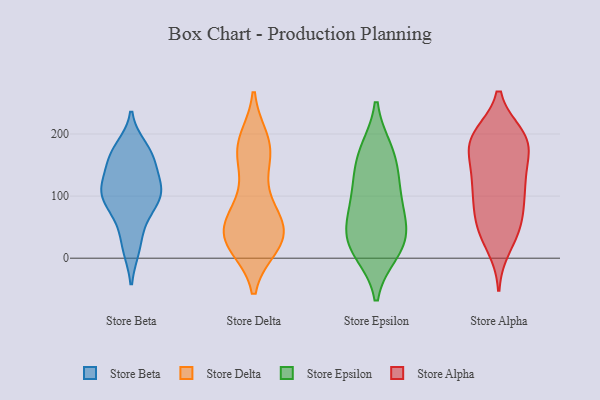
{"axis": {"x": "Website Visitors", "y": "Value"}, "legend": ["Store Alpha", "Store Beta", "Store Delta", "Store Epsilon"], "data": [{"x": "", "y": 109, "type": "Store Beta"}, {"x": "", "y": 167, "type": "Store Beta"}, {"x": "", "y": 17, "type": "Store Beta"}, {"x": "", "y": 108, "type": "Store Beta"}, {"x": "", "y": 105, "type": "Store Beta"}, {"x": "", "y": 70, "type": "Store Beta"}, {"x": "", "y": 114, "type": "Store Beta"}, {"x": "", "y": 107, "type": "Store Beta"}, {"x": "", "y": 134, "type": "Store Beta"}, {"x": "", "y": 60, "type": "Store Beta"}, {"x": "", "y": 162, "type": "Store Beta"}, {"x": "", "y": 18, "type": "Store Beta"}, {"x": "", "y": 100, "type": "Store Beta"}, {"x": "", "y": 162, "type": "Store Beta"}, {"x": "", "y": 177, "type": "Store Beta"}, {"x": "", "y": 91, "type": "Store Beta"}, {"x": "", "y": 165, "type": "Store Beta"}, {"x": "", "y": 80, "type": "Store Delta"}, {"x": "", "y": 70, "type": "Store Delta"}, {"x": "", "y": 44, "type": "Store Delta"}, {"x": "", "y": 184, "type": "Store Delta"}, {"x": "", "y": 166, "type": "Store Delta"}, {"x": "", "y": 31, "type": "Store Delta"}, {"x": "", "y": 40, "type": "Store Delta"}, {"x": "", "y": 188, "type": "Store Delta"}, {"x": "", "y": 103, "type": "Store Delta"}, {"x": "", "y": 36, "type": "Store Delta"}, {"x": "", "y": 29, "type": "Store Delta"}, {"x": "", "y": 44, "type": "Store Delta"}, {"x": "", "y": 22, "type": "Store Delta"}, {"x": "", "y": 169, "type": "Store Delta"}, {"x": "", "y": 27, "type": "Store Delta"}, {"x": "", "y": 174, "type": "Store Delta"}, {"x": "", "y": 87, "type": "Store Epsilon"}, {"x": "", "y": 25, "type": "Store Epsilon"}, {"x": "", "y": 172, "type": "Store Epsilon"}, {"x": "", "y": 35, "type": "Store Epsilon"}, {"x": "", "y": 11, "type": "Store Epsilon"}, {"x": "", "y": 172, "type": "Store Epsilon"}, {"x": "", "y": 53, "type": "Store Epsilon"}, {"x": "", "y": 82, "type": "Store Epsilon"}, {"x": "", "y": 139, "type": "Store Epsilon"}, {"x": "", "y": 119, "type": "Store Epsilon"}, {"x": "", "y": 18, "type": "Store Epsilon"}, {"x": "", "y": 127, "type": "Store Alpha"}, {"x": "", "y": 188, "type": "Store Alpha"}, {"x": "", "y": 196, "type": "Store Alpha"}, {"x": "", "y": 62, "type": "Store Alpha"}, {"x": "", "y": 19, "type": "Store Alpha"}, {"x": "", "y": 189, "type": "Store Alpha"}, {"x": "", "y": 46, "type": "Store Alpha"}, {"x": "", "y": 40, "type": "Store Alpha"}, {"x": "", "y": 135, "type": "Store Alpha"}, {"x": "", "y": 113, "type": "Store Alpha"}, {"x": "", "y": 113, "type": "Store Alpha"}, {"x": "", "y": 177, "type": "Store Alpha"}, {"x": "", "y": 188, "type": "Store Alpha"}, {"x": "", "y": 57, "type": "Store Alpha"}, {"x": "", "y": 191, "type": "Store Alpha"}, {"x": "", "y": 98, "type": "Store Alpha"}, {"x": "", "y": 197, "type": "Store Alpha"}, {"x": "", "y": 151, "type": "Store Alpha"}, {"x": "", "y": 83, "type": "Store Alpha"}]}